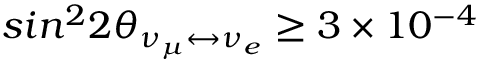
s i n ^ { 2 } 2 \theta _ { \nu _ { \mu } \leftrightarrow \nu _ { e } } \geq 3 \times 1 0 ^ { - 4 } \quad